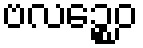
ဗလဉ္စေဝ